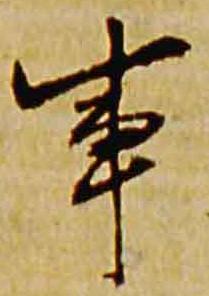
事